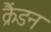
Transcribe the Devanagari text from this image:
क्रैंडन